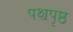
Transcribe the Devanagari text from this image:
पश्चपृष्ठ